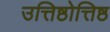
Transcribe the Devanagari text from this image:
उत्तिष्ठोत्तिष्ठ